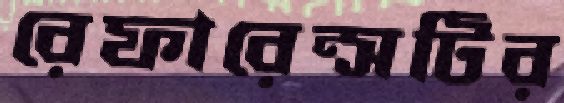
রেফারেন্সটির